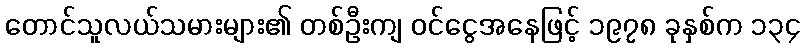
တောင်သူလယ်သမားများ၏ တစ်ဦးကျ ဝင်ငွေအနေဖြင့် ၁၉၇၈ ခုနှစ်က ၁၃၄